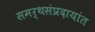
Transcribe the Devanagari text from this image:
समर्थसंप्रदायांत